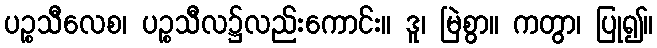
ပဉ္စသီလေစ၊ ပဉ္စသီလ၌လည်းကောင်း။ ဒူ၊ မြဲစွာ။ ကတွာ၊ ပြု၍။